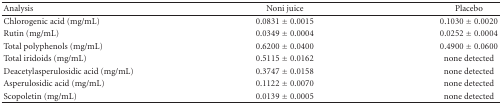
<table><thead><tr><td><b>Analysis</b></td><td><b>Noni juice</b></td><td><b>Placebo</b></td></tr></thead><tbody><tr><td>Chlorogenic acid (mg/mL)</td><td>0.0831 ± 0.0015</td><td>0.1030 ± 0.0020</td></tr><tr><td>Rutin (mg/mL)</td><td>0.0349 ± 0.0004</td><td>0.0252 ± 0.0004</td></tr><tr><td>Total polyphenols (mg/mL)</td><td>0.6200 ± 0.0400</td><td>0.4900 ± 0.0600</td></tr><tr><td>Total iridoids (mg/mL)</td><td>0.5115 ± 0.0162</td><td>none detected</td></tr><tr><td>Deacetylasperulosidic acid (mg/mL)</td><td>0.3747 ± 0.0158</td><td>none detected</td></tr><tr><td>Asperulosidic acid (mg/mL)</td><td>0.1122 ± 0.0070</td><td>none detected</td></tr><tr><td>Scopoletin (mg/mL)</td><td>0.0139 ± 0.0005</td><td>none detected</td></tr></tbody></table>